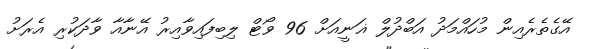
އޭގެތެރެއިން މުހައްމަދު އަބްދުލް ޣަނީއަށް 96 ވޯޓް ލިބިފައިވާއިރު އޭނާއާ ވާދަކުރި އެރަށު